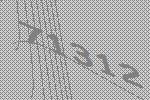
71312